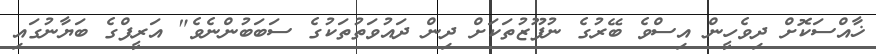
ޚާއްސަކޮށް ދިވެހީން އިސްވެ ބޭރުގެ ނުފޫޒުތަކަށް ދިން ދައުވަތުތަކުގެ ސަބަބުންނެވެ" އަރީފްގެ ބަޔާނުގައި